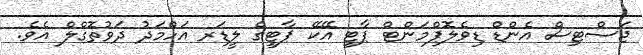
ޖަސްޓިސް އެންޑް ޑިވެލޮޕްމަންޓް ޕާޓީ އޭކޭ ޕާޓީގެ ލީޑަރ އަހްމަދު ދަވުތޮގްލް އެވެ.